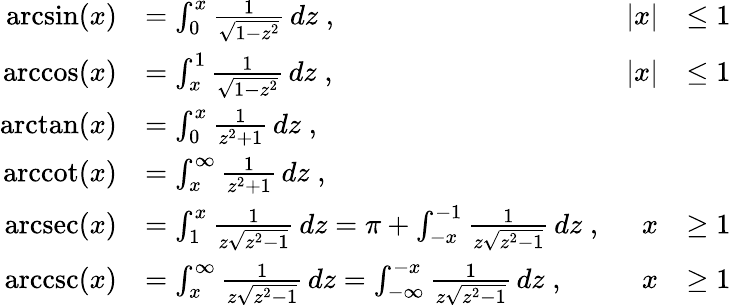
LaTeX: {\begin{array}{rlrl}{\arcsin(x)}&{=\int_{0}^{x}{\frac{1}{\sqrt{1-z^{2}}}}\, dz\; ,}&{|x|}&{\leq 1}\\ {\operatorname{arccos}(x)}&{=\int_{x}^{1}{\frac{1}{\sqrt{1-z^{2}}}}\, dz\; ,}&{|x|}&{\leq 1}\\ {\arctan(x)}&{=\int_{0}^{x}{\frac{1}{z^{2}+1}}\, dz\; ,}\\ {\operatorname{arccot}(x)}&{=\int_{x}^{\infty}{\frac{1}{z^{2}+1}}\, dz\; ,}\\ {\operatorname{arcsec}(x)}&{=\int_{1}^{x}{\frac{1}{z{\sqrt{z^{2}-1}}}}\, dz=\pi+\int_{-x}^{-1}{\frac{1}{z{\sqrt{z^{2}-1}}}}\, dz\; ,}&{x}&{\geq 1}\\ {\operatorname{arccsc}(x)}&{=\int_{x}^{\infty}{\frac{1}{z{\sqrt{z^{2}-1}}}}\, dz=\int_{-\infty}^{-x}{\frac{1}{z{\sqrt{z^{2}-1}}}}\, dz\; ,}&{x}&{\geq 1}\end{array}}